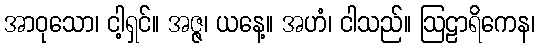
အာဝုသော၊ ငါ့ရှင်။ အဇ္ဇ၊ ယနေ့။ အဟံ၊ ငါသည်။ ဩဠာရိကေန၊